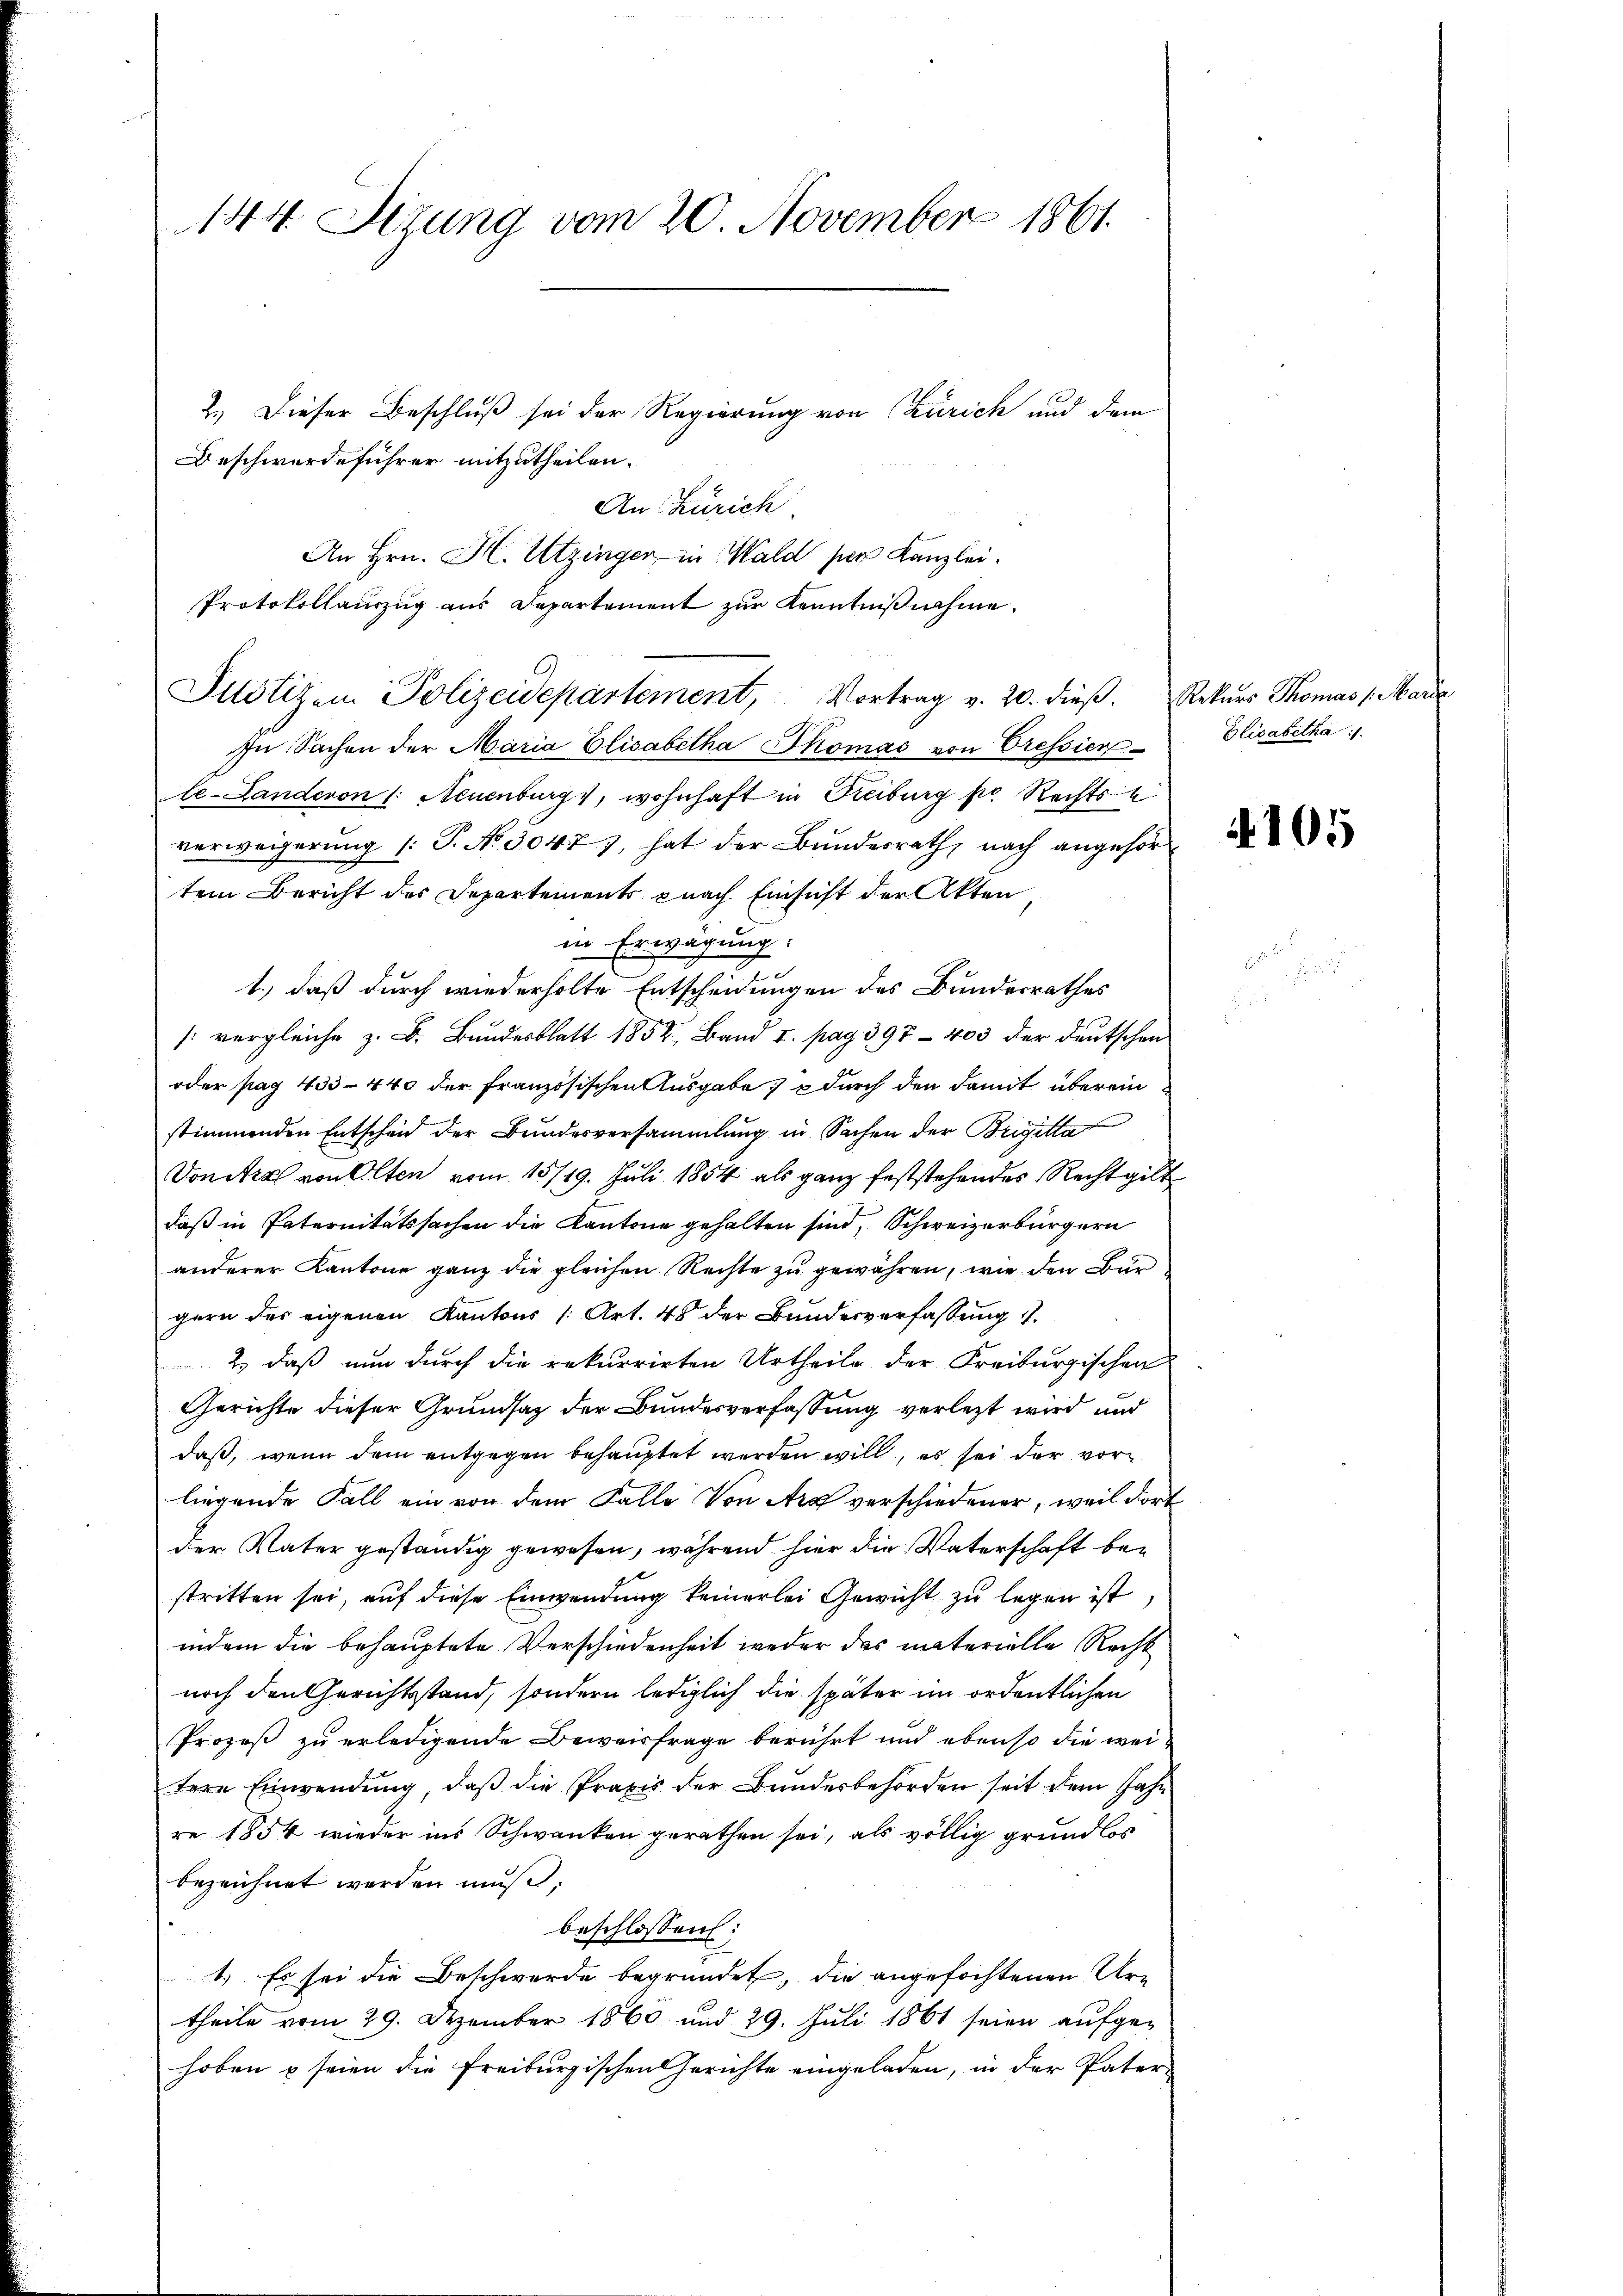
144 Sizung vom 20. November 1861.

Beschwerdeführer mitzutheilen.
Protokollauszug aus Departement zur Kenntniβnahme.
In Sachen der Maria Elisabetha Thomas von Cressier
le-Landeron (: Neuenburg, wohnhaft in Freiburg so Rechts
verweigerung (: P. Nr. 3047), hat der Bundesrath, nach angehör
tem Bericht des Departements pnach Einsicht der Akten
in Erwägung:
1.) daß durch wiederholte Entscheidungen des Bundesrathes
: vergleiche z. B. Bundesblatt 1852, Band I. pag. 397 - 403 der deutschen
oder pag. 433–440 der Französischen Ausgabe & durch den damit überein
stimmenden Entscheid der Bundesversammlung in Sachen der Brigitta
Voneral von Olten vom 15/19. Juli 1854 als ganz feststehendes Recht gilt
daß in Paternitätssachen die Kantone gehalten sind, Schweizerbürgern
anderer Kantone ganz die gleichen Rechte zu gewähren, wie den Bürgern des eigenen Kantons (Art. 48 der Bundesverfassung
2) daß nun durch die rekurrirten Urtheile der Freiburgischen
Gerichte dieser Grundsatz der Bundesverfassung verletzt wird und
daß, wenn dem entgegen behauptet werden will, es sei der vorliegende Fall ein von dem Falle Von Arx verschiedener, weil dort
der Vater geständig gewesen, während hier die Vaterschaft bestritten sei, auf diese Einwendung keinerlei Gewicht zu legen ist,
indem die behauptete Verschiedenheit weder das materielle Recht
noch den Gerichtsstand, sondern lediglich die später im ordentlichen
Prozeß zu erledigende Beweisfrage berührt und ebenso die weitere Einwendung, daß die Praxis der Bundesbehörden seit dem Jahr
re 1854 wieder ins Schwanken gerathen sei, als völlig grundlos
bezeichnet werden muß;
beschlossen:
1.) Es sei die Beschwerde begründet, die angefochtenen Ur-
theile vom 29. Dezember 1860 und 29. Juli 1861 seien aufge-
hoben u seien die Freiburgischen Gerichte eingeladen, in der Pater-

2.) Dieser Beschluß sei der Regierung von Zürich und dem
An: Zürich.
An Hrn. H. Utzinger in Wald der Kanzlei.

Justizen Polizeidepartement, Vortrag v. 20. dieβ.  Rekŭrs Thomas /: Marie

Elisabetha

4105